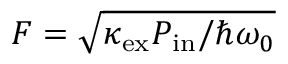
F = \sqrt { \kappa _ { \mathrm { e x } } P _ { \mathrm { i n } } / \hbar \omega _ { 0 } }